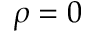
\rho = 0